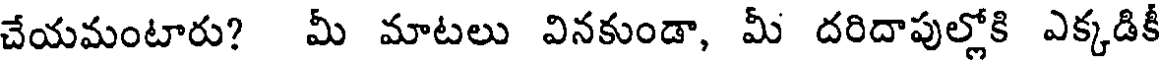
చేయమంటారు? మీ మాటలు వినకుండా, మీ దరిదాపుల్లోకి ఎక్కడికీ